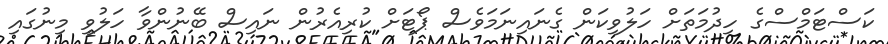
ކަސްޓަމްސްގެ ހިދުމަތަށް ހަލުވިކަން ގެނައިނަމަވެސް ޕޯޓަށް ކުރިއެރުން ނައިސް ބޭނުންވާ ހަލުވި މިނުގައި